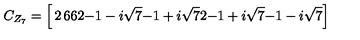
C _ { Z _ { 7 } } = \left[ \begin{matrix} { 2 } & { 6 } & { 6 } \\ { 2 } & { { { - 1 - i \sqrt { 7 } } } } & { { { - 1 + i \sqrt { 7 } } } } \\ { 2 } & { { { - 1 + i \sqrt { 7 } } } } & { { { - 1 - i \sqrt { 7 } } } } \\ \end{matrix} \right]